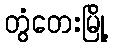
တွံတေးမြို့